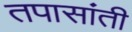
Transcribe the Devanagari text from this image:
तपासांती